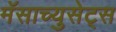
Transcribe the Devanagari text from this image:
मॅसाच्युसेट्स